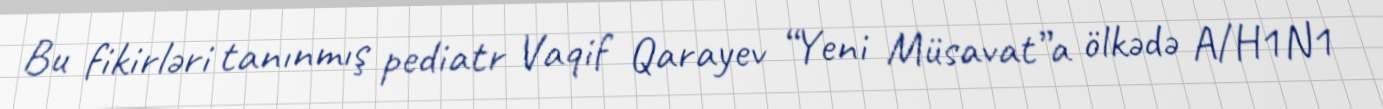
Bu fikirləri tanınmış pediatr Vaqif Qarayev “Yeni Müsavat”a ölkədə A/H1N1